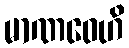
မာဏဝေဟိ